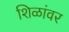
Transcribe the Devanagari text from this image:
शिळांवर